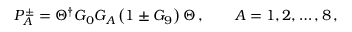
P _ { A } ^ { \pm } = \Theta ^ { \dagger } G _ { 0 } G _ { A } \left( 1 \pm G _ { 9 } \right) \Theta \, , \qquad A = 1 , 2 , \dots , 8 \, ,